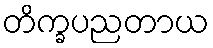
တိက္ခပညတာယ